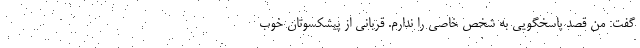
گفت: من قصد پاسخگویی به شخص خاصی را ندارم. قربانی از پیشکسوتان خوب